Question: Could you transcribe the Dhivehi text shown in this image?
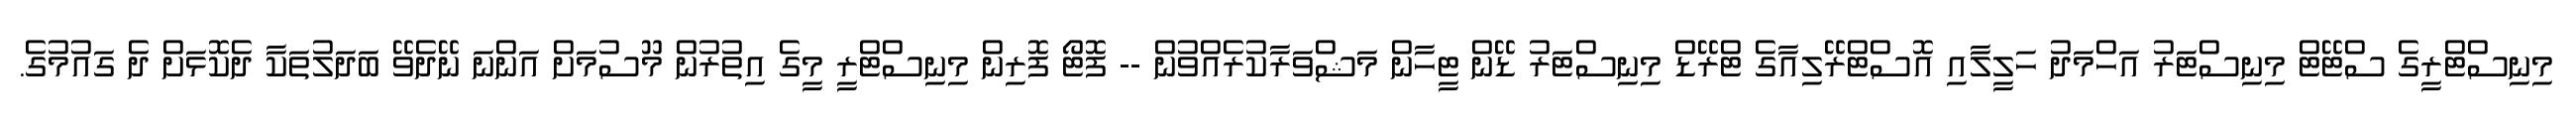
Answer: މިނިސްޓްރީގެ ސްޓޭޓް މިނިސްޓަރު އަހްމަދު ހަލީލާއި އޮސްޓްރޭލިއާގެ ޓްރޭޑް މިނިސްޓަރު ޑޭން ޓީހާން މަޝްވަރާކުރެއްވުން -- ފޮޓޯ ފޮރިން މިނިސްޓްރީ މީގެ އިތުރުން މޫސުމަށް އަންނަ ނޭދެވޭ ބަދަލުތަކާ ދެކޮޅަށް ދެ ގައުމުގެ.